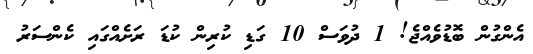
އެންގުން ބޮޑުވެއްޖެ! 1 ދުވަސް 10 ގަޑި ކުރިން ކުޑަ ރަށެއްގައި ކެންސަރު